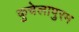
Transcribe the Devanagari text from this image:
कुचेलापुरम